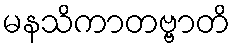
မနသိကာတဗ္ဗာတိ